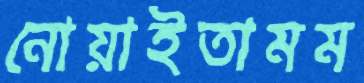
নোয়াইতামম